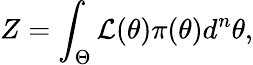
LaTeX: Z=\int_{\Theta}\mathcal{L}(\theta)\pi(\theta)d^{n}\theta,